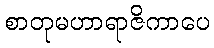
စာတုမဟာရာဇိကာပေ